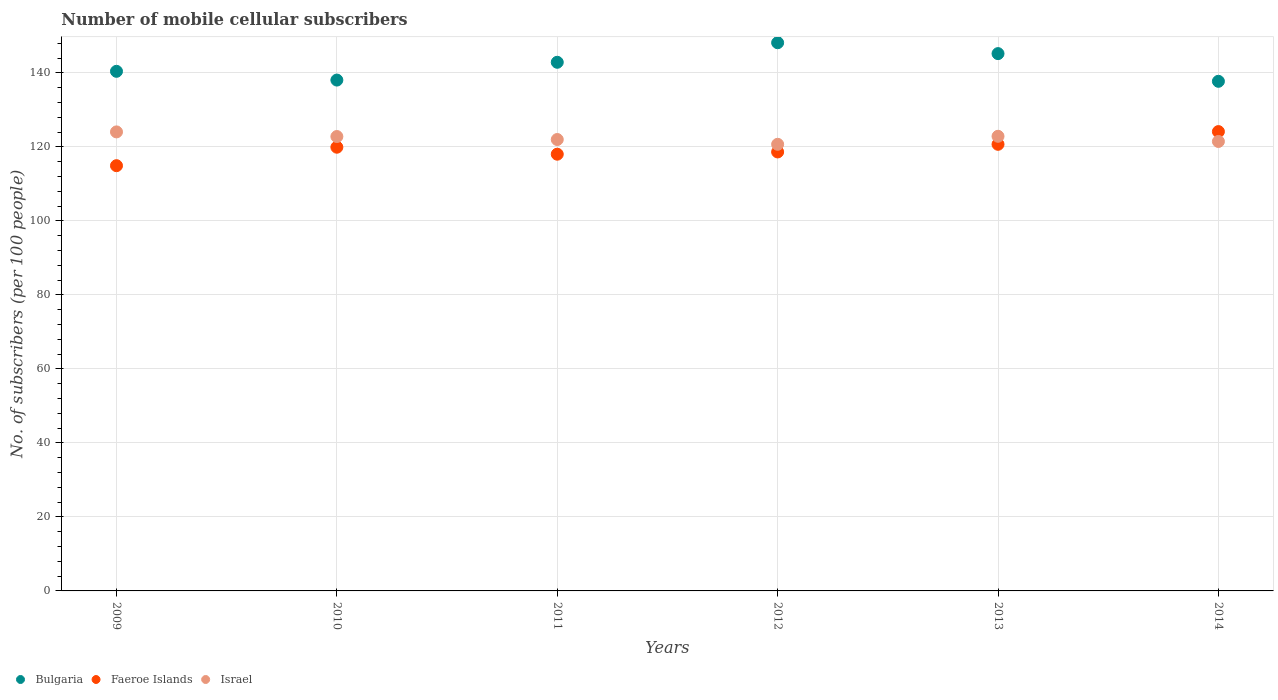
| Years | Bulgaria | Faeroe Islands | Israel |
 | --- | --- | --- | --- |
 | 2009 | 140 | 115 | 124 |
 | 2010 | 138 | 120 | 123 |
 | 2011 | 143 | 118 | 122 |
 | 2012 | 148 | 119 | 121 |
 | 2013 | 145 | 121 | 123 |
 | 2014 | 138 | 124 | 121 |